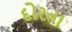
દોરતા